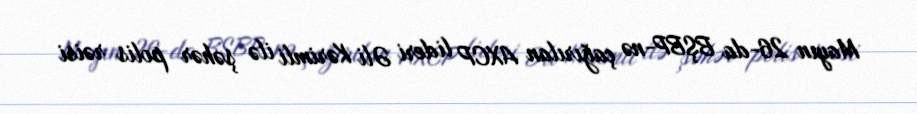
Mayın 26-da BŞBP-nə çağırılan AXCP lideri Əli Kərimli ilə şəhər polis rəisi